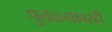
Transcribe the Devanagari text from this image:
पुतळ्यावरही